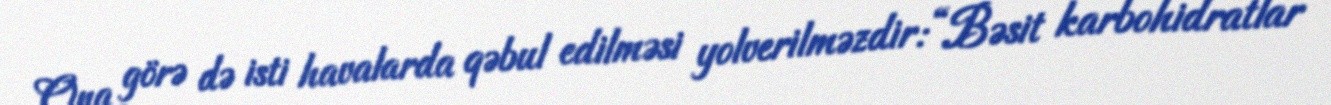
Ona görə də isti havalarda qəbul edilməsi yolverilməzdir: “Bəsit karbohidratlar